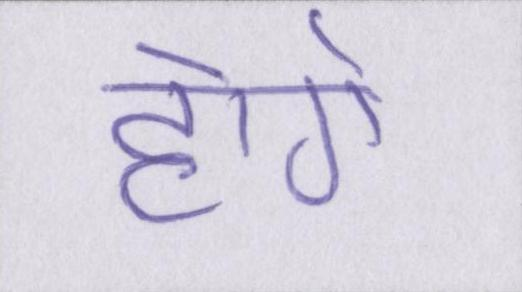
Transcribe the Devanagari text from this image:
होगे